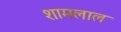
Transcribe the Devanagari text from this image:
शामलाल